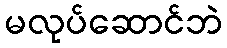
မလုပ်ဆောင်ဘဲ